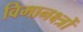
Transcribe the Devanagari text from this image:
विमानक्ष्त्रों